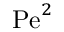
\mathrm { P e } ^ { 2 }